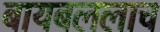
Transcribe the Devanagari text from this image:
बायबललाच